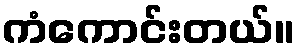
ကံကောင်းတယ်။